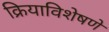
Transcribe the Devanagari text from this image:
क्रियाविशेषणे